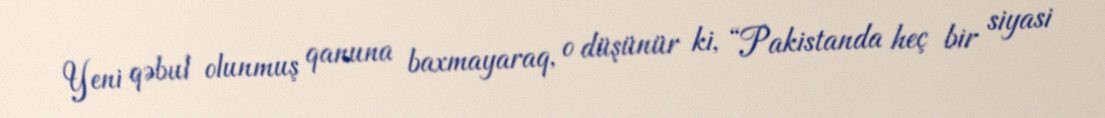
Yeni qəbul olunmuş qanuna baxmayaraq, o düşünür ki, “Pakistanda heç bir siyasi